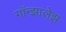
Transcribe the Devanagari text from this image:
गॉन्झालेझ